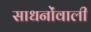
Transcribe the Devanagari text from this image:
साधनोंवाली